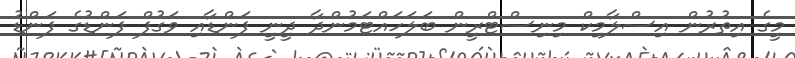
މީގެ އިތުރުން އިސްލާމިކް މިނިސްޓްރީން ބަލަހައްޓަމުންދާ ދީނީ ފަންޑާއި ވަގުފް ފަންޑުގެ ފަންޑު